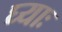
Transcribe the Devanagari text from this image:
घ्‍याः